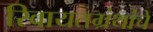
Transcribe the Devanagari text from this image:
रिवायतग्रंथांचें